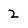
Character: 2